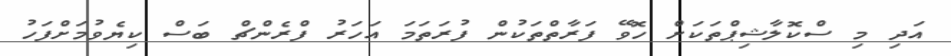
އަދި މި ސްކޮލާޝިޕްތަކަށް ހޮވޭ ފަރާތްތަކުން ފުރަތަމަ އަހަރު ފްރެންޗް ބަސް ކިޔެވުމަށްފަހު